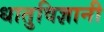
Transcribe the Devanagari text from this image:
धातुविज्ञानी